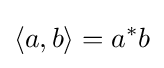
\langle a,b\rangle =a^{*}b